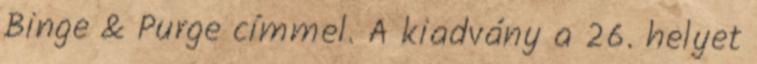
Binge & Purge címmel. A kiadvány a 26. helyet